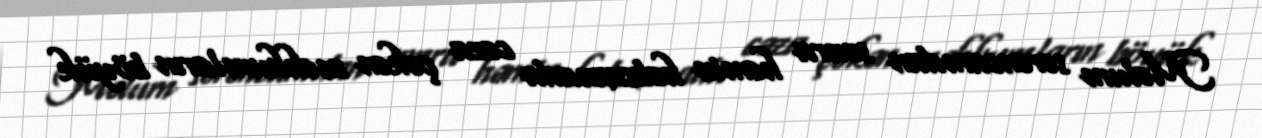
Məlum sərəncamdan sonra həmin həbsxanada cəza çəkən məhkumların böyük